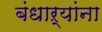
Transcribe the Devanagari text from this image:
बंधाऱ्यांना